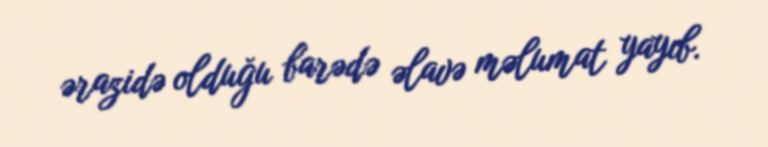
ərazidə olduğu barədə əlavə məlumat yayıb.